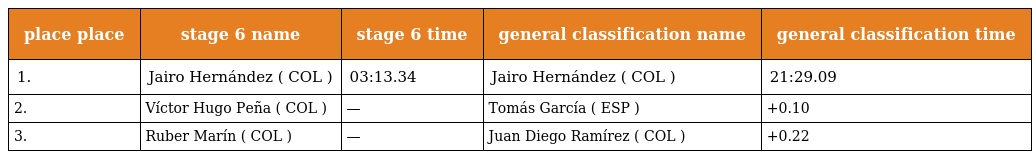
| place place | stage 6 name | stage 6 time | general classification name | general classification time |
 | --- | --- | --- | --- | --- |
 | 1. | Jairo Hernández ( COL ) | 03:13.34 | Jairo Hernández ( COL ) | 21:29.09 |
 | 2. | Víctor Hugo Peña ( COL ) | — | Tomás García ( ESP ) | +0.10 |
 | 3. | Ruber Marín ( COL ) | — | Juan Diego Ramírez ( COL ) | +0.22 |